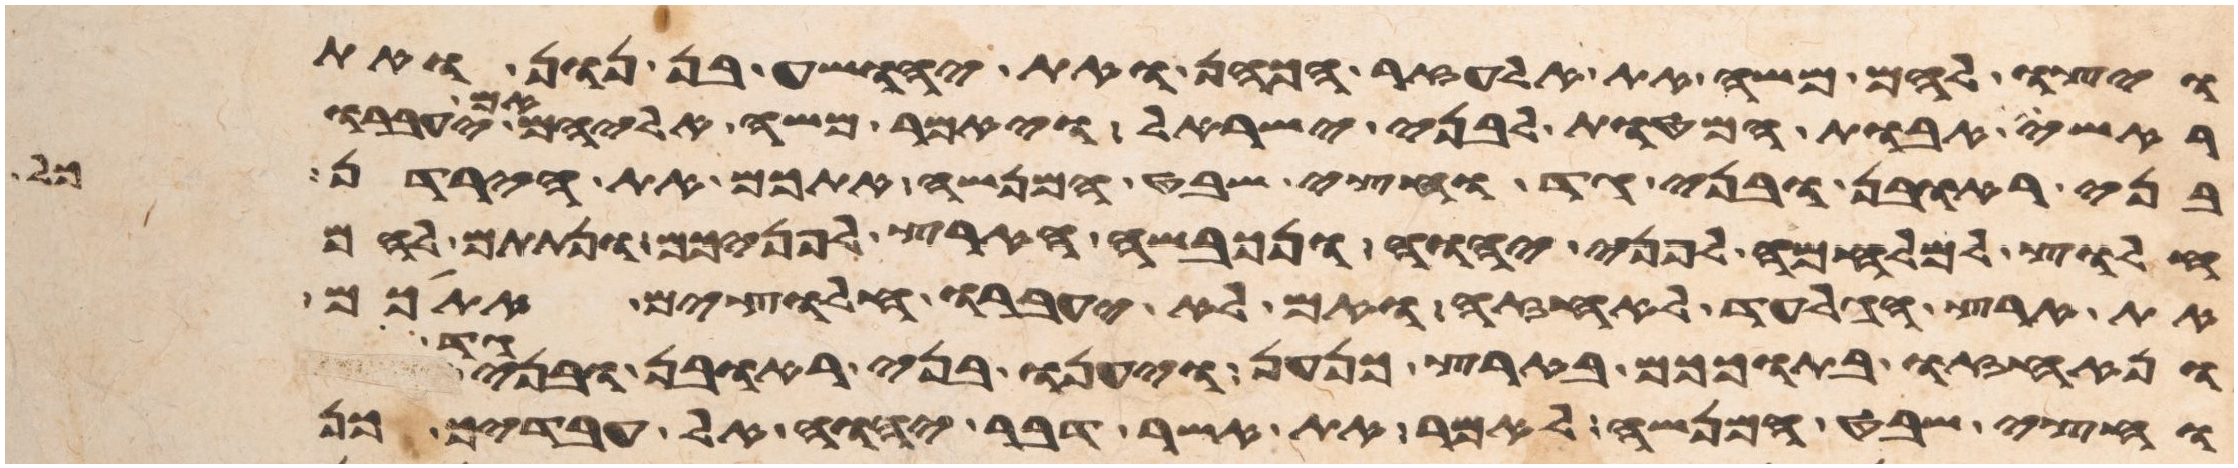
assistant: ויצו להם משה את אלעזר הכהן ואת יהושע בן נון ואת
ראשי אבות המטות לבני ישראל ויאמר משה אליהם אם יעברו
בני ראובן ובני גד וחצי שבט המנשה אתכם את הירדן כל
חלוץ למלחמה לפני יהוה ונכבשה הארץ לפניכם ונתתם להם
את ארץ הגלעד לאחזה ואם לא יעברו חלוצים אתכם
ונאחזו בתוככם בארץ כנען ויענו בני ראובן ובני
וחצי שבט המנשה לאמר את אשר דבר יהוה אל עבדיך כן